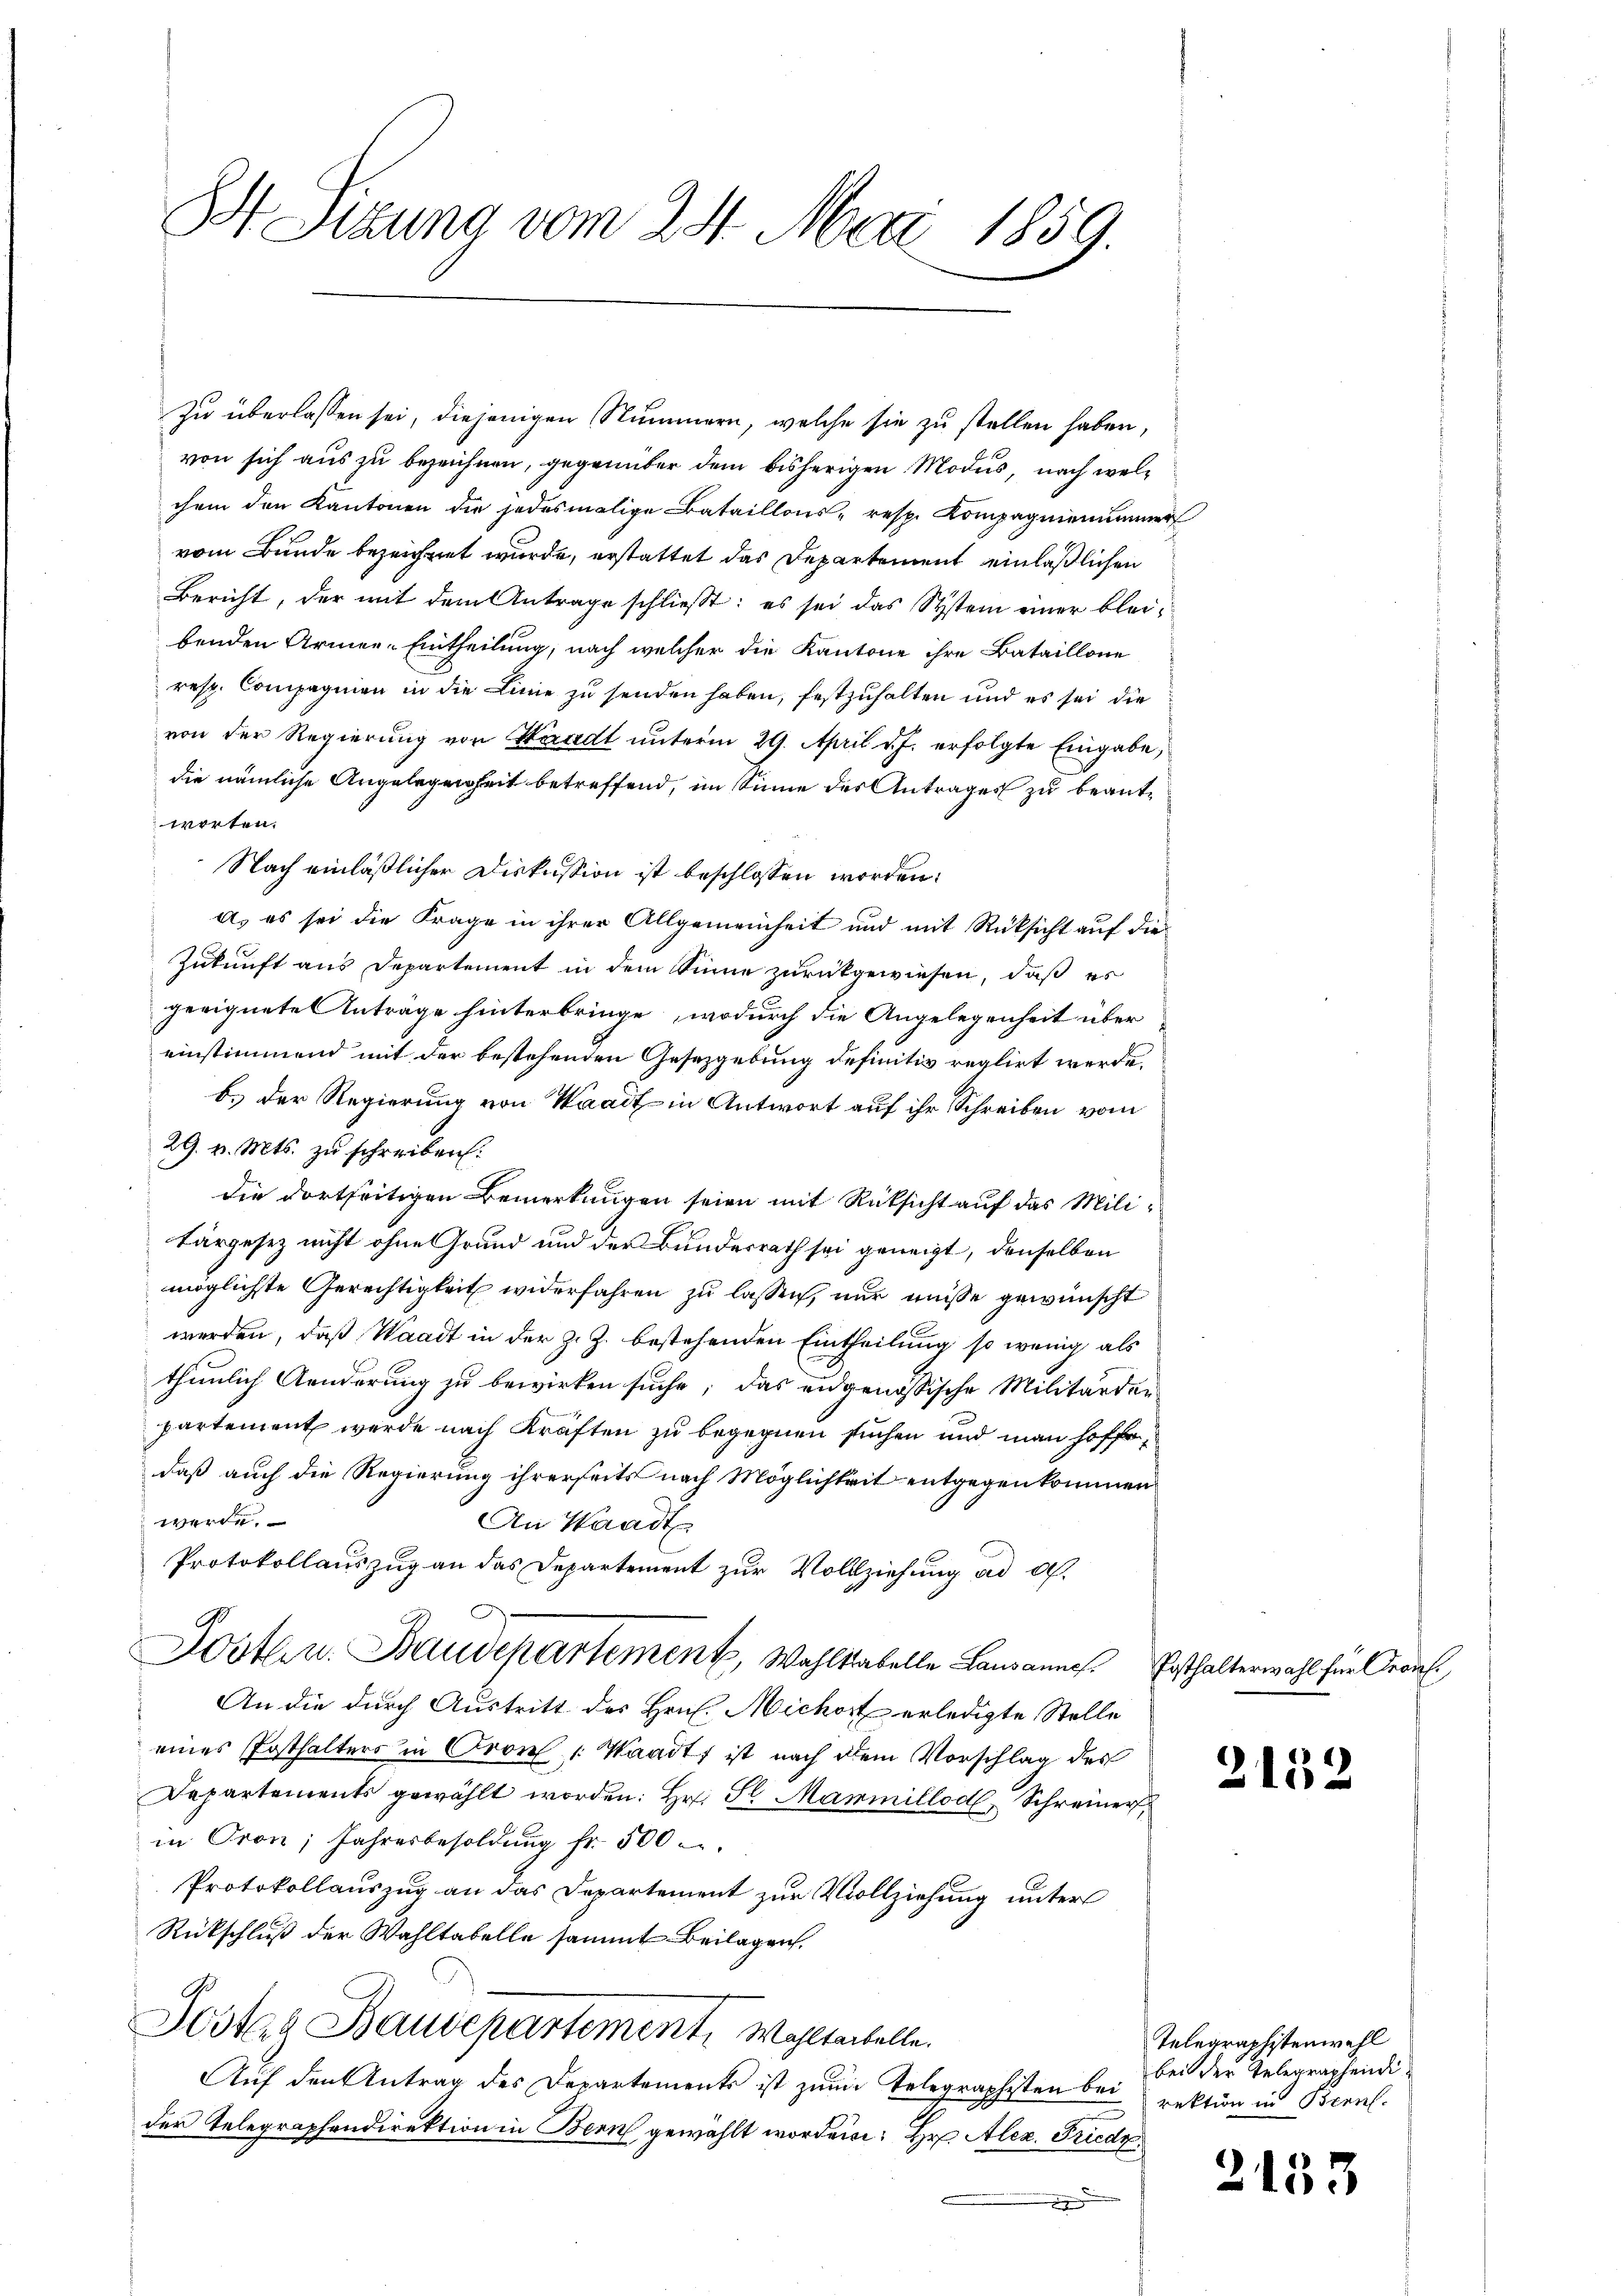
S Sitzung vom 24. Mart. 1859.

Zu überlassen sei, diejenigen Nummern, welche sie zu stellen haben,
von sich aus zu bezeichnen, gegenüber dem bisherigen Modus, nach welchem den Kantonen die jedesmalige Bataillons- resp. Kompagnienummer
vom Bunde bezeichnet wurde, erstattet das Departement einläßlichen
Bericht, der mit dem Antrage schließt: es sei das System einer bleibenden Armee-Eintheilung, nach welcher die Kantone ihre Bataillone
resp. Compagnien in die Linie zu senden haben, festzuhalten und es sei die
von der Regierung von Waadt unterm 29. April v. J. erfolgte Eingabe,
die nämliche Angelegenheit betreffend, im Sinne des Antrages zu beantworten.
Nach einläßlicher Diskussion ist beschlossen worden:
A. es sei die Frage in ihrer Allgemeinheit und mit Rücksicht auf die
Zukunft aus Departement in dem Sinne zurückgewiesen, daß es
geeignete Anträge hinterbringe, wodurch die Angelegenheit über
einstimmend mit der bestehenden Gesetzgebung definitiv reglirt werde.
b.) Der Regierung von Waadt in Antwort auf ihr Schreiben vom
29. v. Mts. zu schreiben.
die dortseitigen Bemerkungen seien mit Rücksicht auf das Militärgesez nicht ohne Grund und der Bundesrath sei geneigt, denselben
möglichste Gerechtigkeit widerfahren zu lassen, nur müsse gewünscht
werden, daß Waadt in der z. Z. bestehenden Eintheilung so wenig als
thunlich Aenderung zu bewirken suche; das eidgenössische Militärden
partement wurde nach Kräften zu begegnen suchen und man hoffe,
daß auch die Regierung ihrerseits nach Möglichkeit entgegenkommen
werde.
An Waadt
Protokollauszug an das Departement zur Vollziehung ad a.
Josten. Baudepartement, Wahlstabelle Lausanne Ersthalterwahl für Oran
 An die durch Austritt des Hrn. Michort erledigte Stelle
eines Posthalters in Cron: Waadt ist nach dem Vorschlag des
Departements gewählt worden: Hr. Se Mammillod, Schreiner
in Gron; Jahresbesoldung fr. 500
Protokollauszug an das Departement zur Vollziehung unter
Rückschluß der Wahltabelle sammt Beilagen.
Scstag Baudepartement. Wohltantelle.
Auf den Antrag des Departements ist zum Telegraphisten bei
der Telegraphendirektion in Bern gewählt worden: Hr. Alex. Friedr

2152

Telegraphisterwahl
bei der Telegraphendi
rektion in Bern.

2153